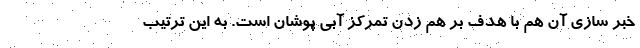
خبر سازی آن هم با هدف بر هم زدن تمرکز آبی پوشان است. به این ترتیب